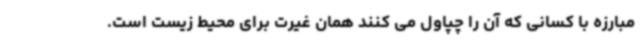
مبارزه با کسانی که آن را چپاول می کنند همان غیرت برای محیط زیست است.